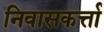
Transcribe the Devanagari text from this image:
निवासकर्त्ता